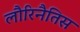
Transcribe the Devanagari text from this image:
लौरिनैतिस